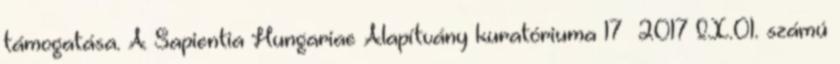
támogatása. A Sapientia Hungariae Alapítvány kuratóriuma 17 2017 IX.01. számú